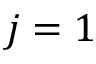
j = 1